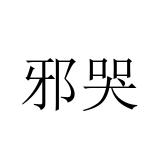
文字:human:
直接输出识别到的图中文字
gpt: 邪哭